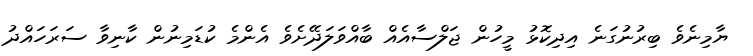
ޔާމިނެވެ ބިރުނުގަނެ އިދިކޮޅު މީހުން ޖަލްސާއެއް ބާއްވަލަދޭށެވެ އެންމެ ކުޑަމިނުން ކާނިވާ ސަރަހައްދު